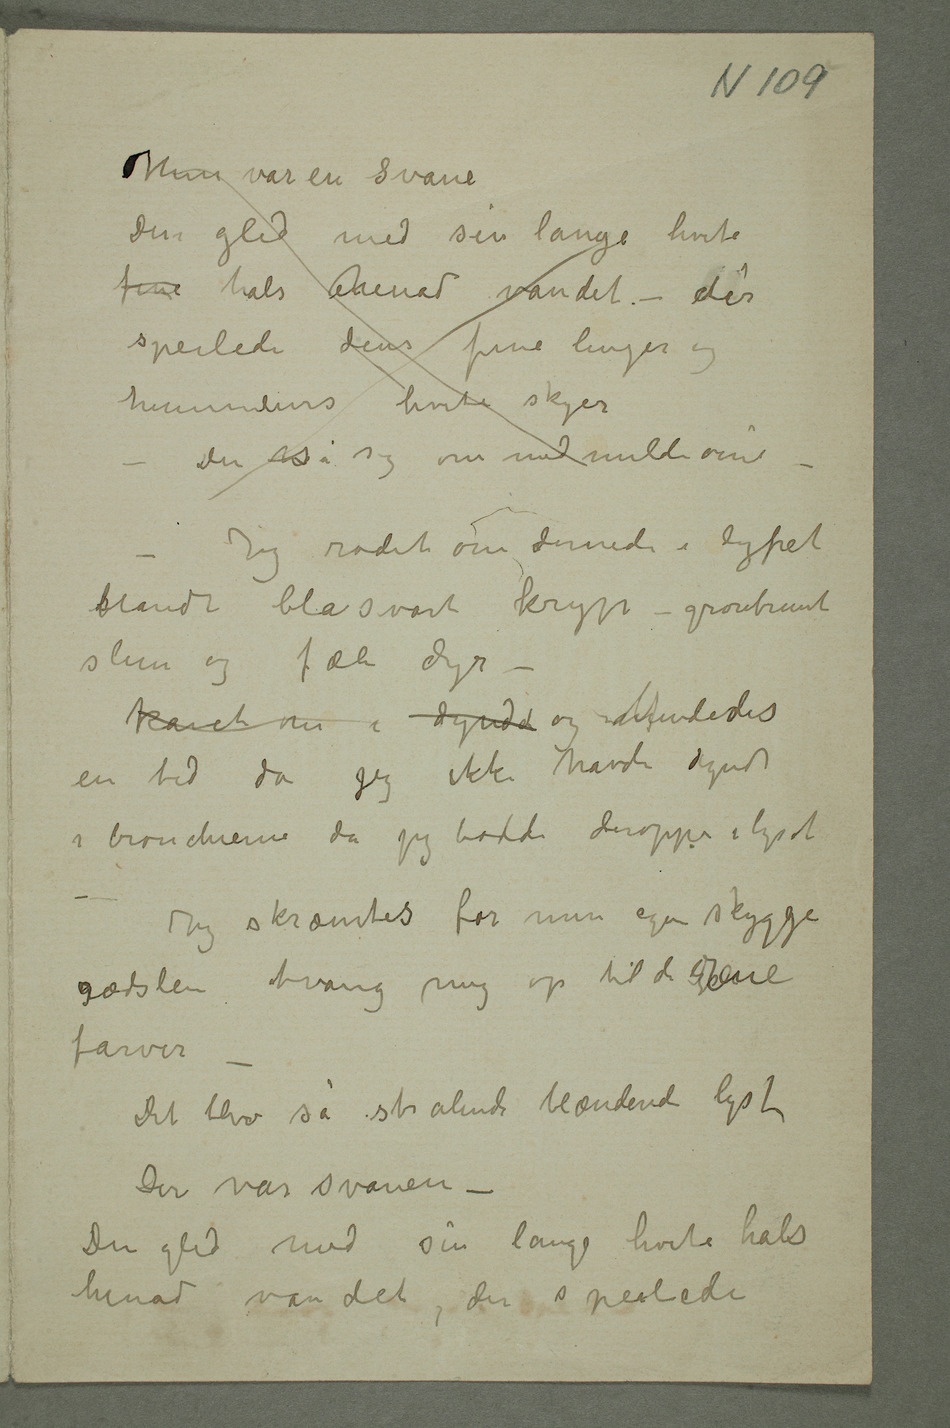
Hun var en Svane
Den gled med sin lange hvite
fine hals henad vandet – der
speilede dens fine linjer og
himmelens hvite skyer
– Den så sig om med milde øine –
– Jeg rodet om dernede i dypet
blandt blåsvart kryp – grønbrunt
slim og fæle dyr –
kavet om i dyndet og mMindedes
en tid da jeg ikke havde dynd
i bronchierne da jeg bodde deroppe i lyset
– Jeg skræmtes for min egen skygge
farver
– Det blev så strålende blændende lyst
Der var svanen –
Den gled med sin lange hvite hals
henad vandet, der speilede